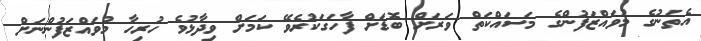
އެތަނުގެ މުވައްޒަފުންގެ މަސައްކަތް ވަރަށް ބޮޑަށް ފާހަގަކުރެވޭ ކަމަށް ވިދާޅުވެ ހުރިހާ މުވައްޒަފުންނަށް